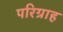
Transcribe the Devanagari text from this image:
परिग्राह